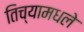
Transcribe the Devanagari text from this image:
तिच्यामधले